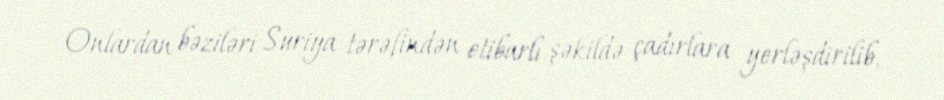
Onlardan bəziləri Suriya tərəfindən etibarlı şəkildə çadırlara yerləşdirilib,